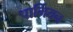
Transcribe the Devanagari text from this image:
पार्मियन